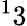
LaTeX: ^13